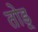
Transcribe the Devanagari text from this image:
तोड़्